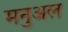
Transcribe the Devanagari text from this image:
मनुअल